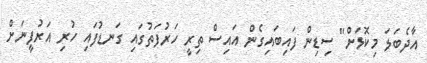
އާދެބަލަ މިކޮޅަށް" ސިޑިން ފައިބައިގެން އައިސް ތިރީ ހަރުފަތުގައި ގަނޑުފައި ހުރި އަރުފީނަށް